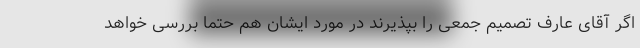
اگر آقای عارف تصمیم جمعی را بپذیرند در مورد ایشان هم حتما بررسی خواهد